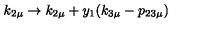
k _ { 2 \mu } \rightarrow k _ { 2 \mu } + y _ { 1 } ( k _ { 3 \mu } - p _ { 2 3 \mu } )